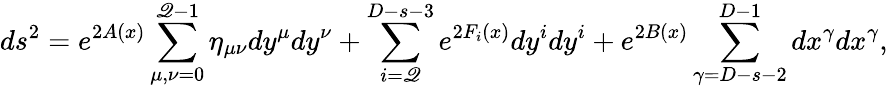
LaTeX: ds^{2}=e^{2A(x)}\sum_{\mu,\nu=0}^{\mathscr{Q}-1}\eta_{\mu\nu}dy^{\mu}dy^{\nu}+\sum_{i=\mathscr{Q}}^{D-s-3}e^{2F_{i}(x)}dy^{i}dy^{i}+e^{2B(x)}\sum_{\gamma=D-s-2}^{D-1}dx^{\gamma}dx^{\gamma},